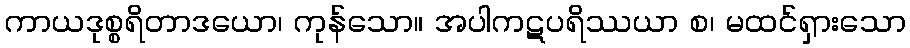
ကာယဒုစ္စရိတာဒယော၊ ကုန်သော။ အပါကဋပရိဿယာ စ၊ မထင်ရှားသော